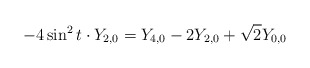
\begin{align*}-4\sin ^{2}t\cdot Y_{2,0}=Y_{4,0}-2Y_{2,0}+\sqrt{2}Y_{0,0}\end{align*}